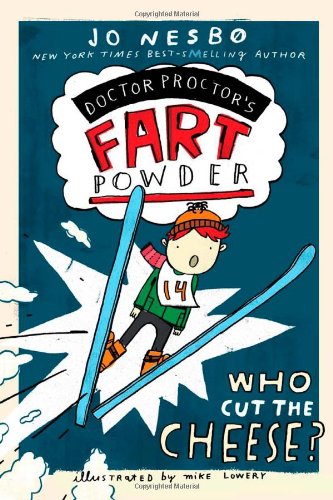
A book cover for Who Cut the Cheese? (Doctor Proctor's Fart Powder); Jo Nesbo; Children's Books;